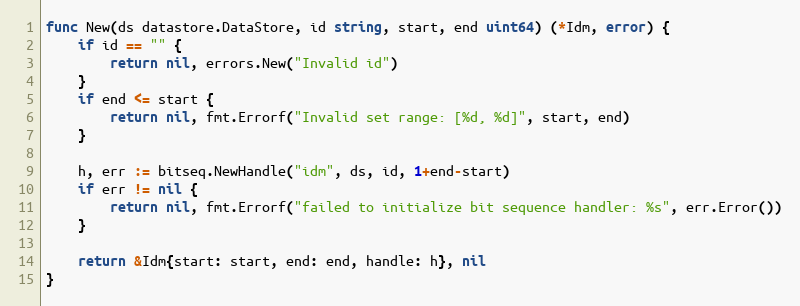
Language: Go
func New(ds datastore.DataStore, id string, start, end uint64) (*Idm, error) {
	if id == "" {
		return nil, errors.New("Invalid id")
	}
	if end <= start {
		return nil, fmt.Errorf("Invalid set range: [%d, %d]", start, end)
	}

	h, err := bitseq.NewHandle("idm", ds, id, 1+end-start)
	if err != nil {
		return nil, fmt.Errorf("failed to initialize bit sequence handler: %s", err.Error())
	}

	return &Idm{start: start, end: end, handle: h}, nil
}